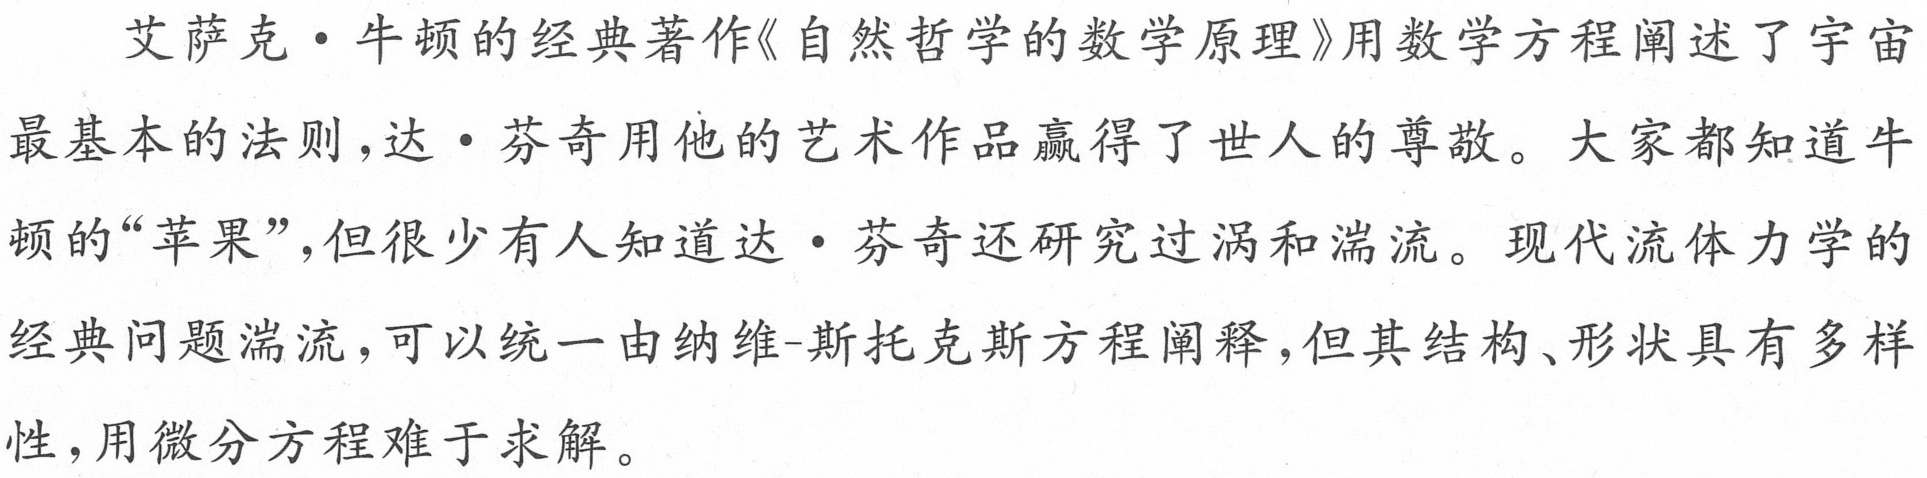
艾萨克・牛顿的经典著作《自然哲学的数学原理》用数学方程阐述了宇宙
最基本的法则，达・芬奇用他的艺术作品赢得了世人的尊敬。大家都知道牛
顿的“苹果”，但很少有人知道达・芬奇还研究过涡和湍流。现代流体力学的
经典问题湍流，可以统一由纳维-斯托克斯方程阐释，但其结构、形状具有多样
性，用微分方程难于求解。